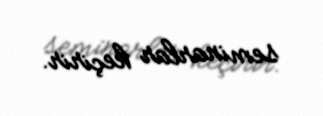
seminarlar keçirir.